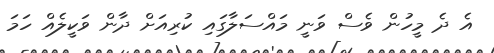
އެ ދެ މީހުން ވެސް ވަނީ މައްސަލާގައި ކުރިއަށް ދާން ވަކީލެއް ހަމަ